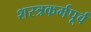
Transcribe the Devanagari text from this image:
शस्त्रकर्मपूर्व